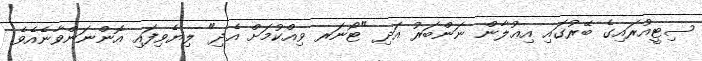
ސިޓީއުރައިގެ ބޭރުގައި އިޢުލާން ނަންބަރު އަދި "ޓޯނަރ ވިއްކުމަށް އެދި" ލިޔެވިފައި އޮންނަންވާނެއެވެ.